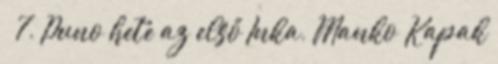
– 7. Puno hete az első Inka, Manko Kapak